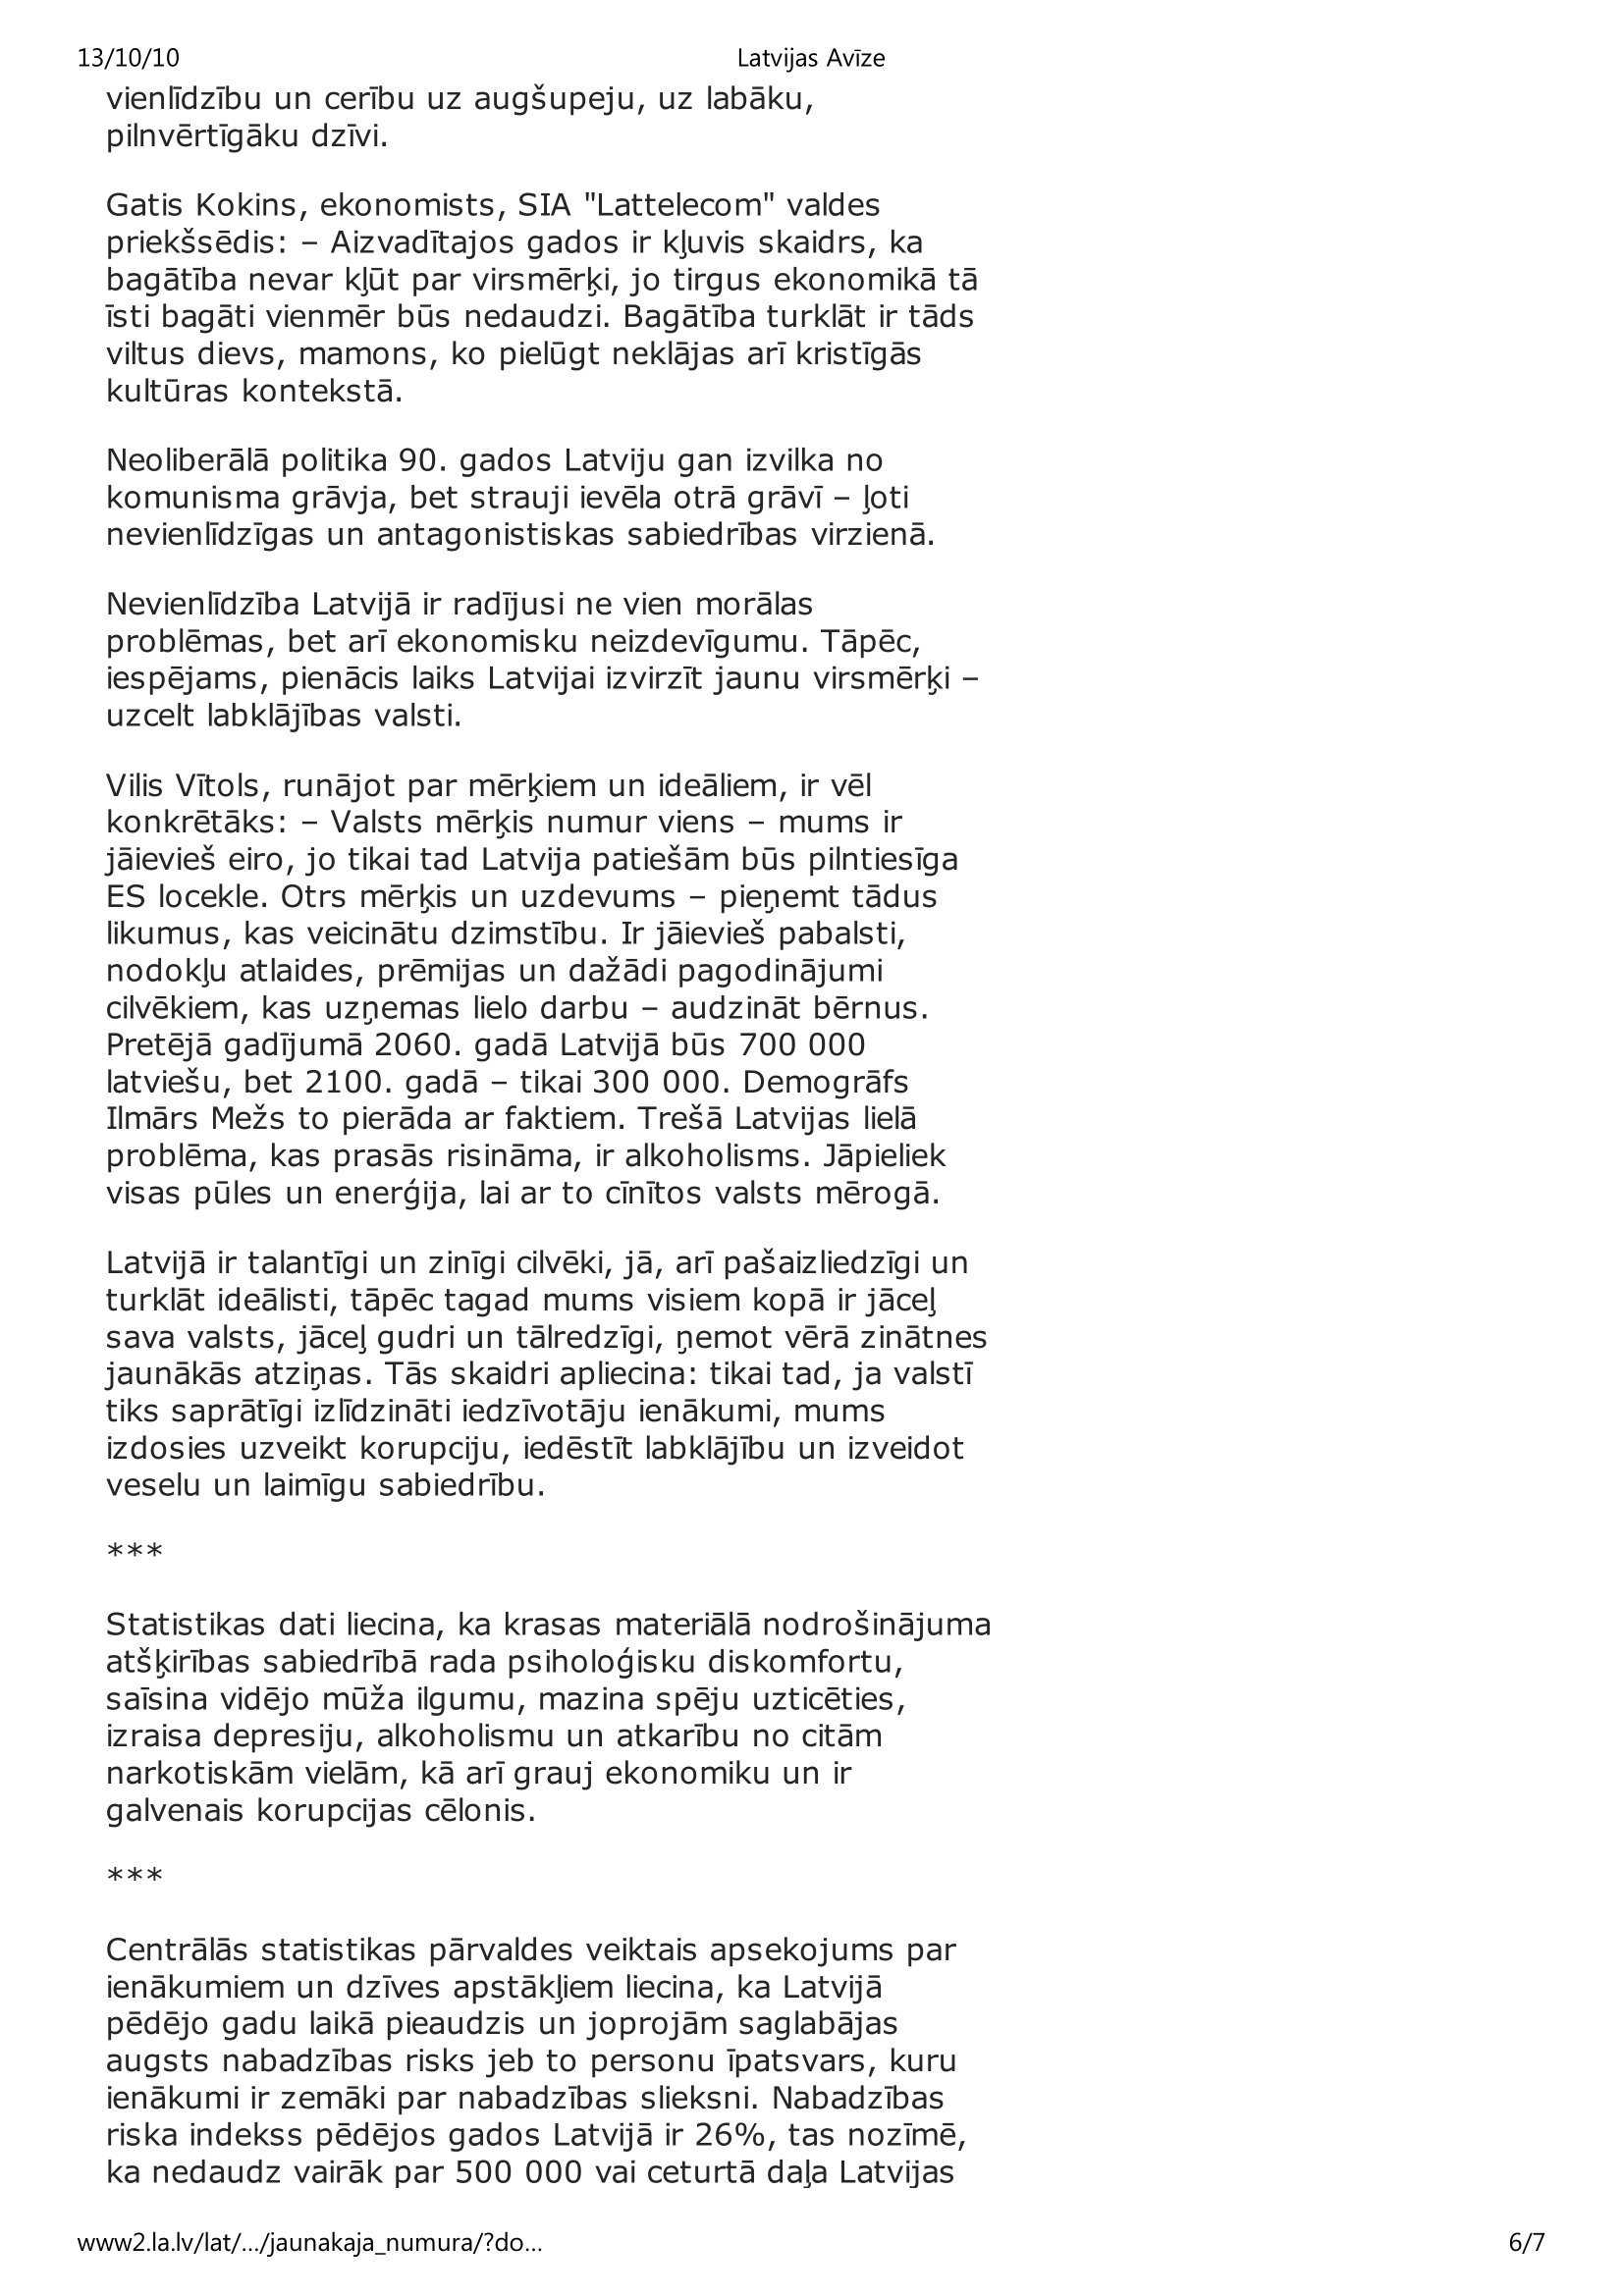
Language: lv